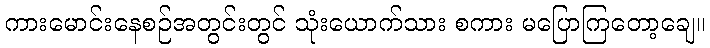
ကားမောင်းနေစဉ်အတွင်းတွင် သုံးယောက်သား စကား မပြောကြတော့ချေ။